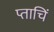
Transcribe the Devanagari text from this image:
प्ताचिं